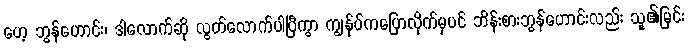
ဟေ့ ဘွန်ဟောင်း၊ ဒါလောက်ဆို လွတ်လောက်ပါပြီကွာ ကျွန်ုပ်ကပြောလိုက်မှပင် ဘိန်းစားဘွန်ဟောင်းလည်း သူ၏မြင်း